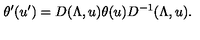
\theta ^ { \prime } ( u ^ { \prime } ) = D ( \Lambda , u ) \theta ( u ) D ^ { - 1 } ( \Lambda , u ) .